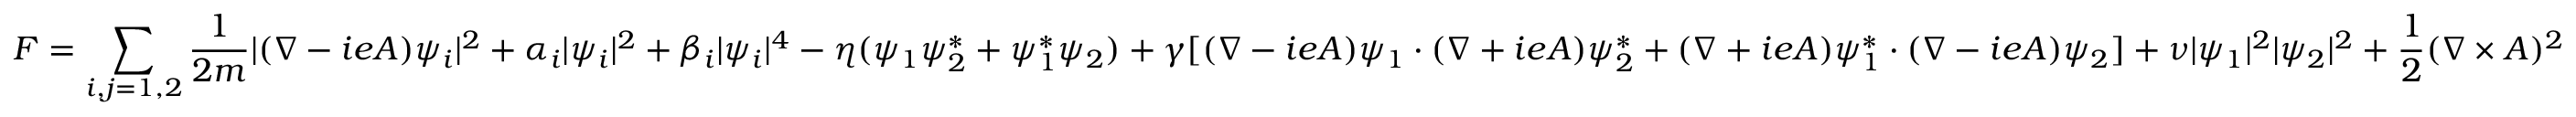
F = \sum _ { i , j = 1 , 2 } { \frac { 1 } { 2 m } } | ( \nabla - i e A ) \psi _ { i } | ^ { 2 } + \alpha _ { i } | \psi _ { i } | ^ { 2 } + \beta _ { i } | \psi _ { i } | ^ { 4 } - \eta ( \psi _ { 1 } \psi _ { 2 } ^ { * } + \psi _ { 1 } ^ { * } \psi _ { 2 } ) + \gamma [ ( \nabla - i e A ) \psi _ { 1 } \cdot ( \nabla + i e A ) \psi _ { 2 } ^ { * } + ( \nabla + i e A ) \psi _ { 1 } ^ { * } \cdot ( \nabla - i e A ) \psi _ { 2 } ] + \nu | \psi _ { 1 } | ^ { 2 } | \psi _ { 2 } | ^ { 2 } + { \frac { 1 } { 2 } } ( \nabla \times A ) ^ { 2 }